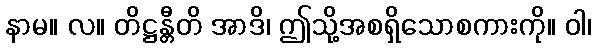
နာမ။ လ။ တိဋ္ဌန္တီတိ အာဒိ၊ ဤသို့အစရှိသောစကားကို။ ဝါ၊